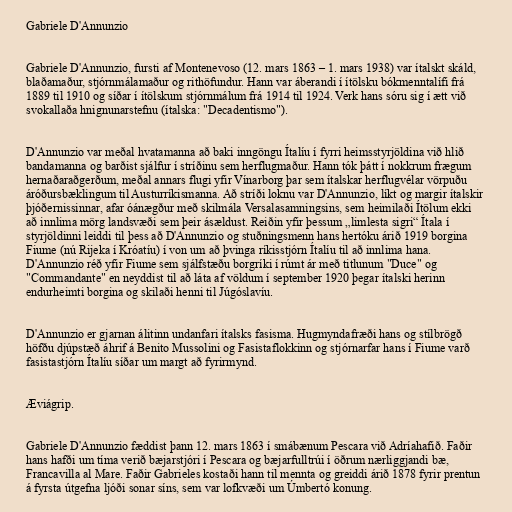
Gabriele D'Annunzio

Gabriele D'Annunzio, fursti af Montenevoso (12. mars 1863 – 1. mars 1938) var ítalskt skáld,
blaðamaður, stjórnmálamaður og rithöfundur. Hann var áberandi í ítölsku bókmenntalífi frá
1889 til 1910 og síðar í ítölskum stjórnmálum frá 1914 til 1924. Verk hans sóru sig í ætt við
svokallaða hnignunarstefnu (ítalska: "Decadentismo").

D'Annunzio var meðal hvatamanna að baki inngöngu Ítalíu í fyrri heimsstyrjöldina við hlið
bandamanna og barðist sjálfur í stríðinu sem herflugmaður. Hann tók þátt í nokkrum frægum
hernaðaraðgerðum, meðal annars flugi yfir Vínarborg þar sem ítalskar herflugvélar vörpuðu
áróðursbæklingum til Austurríkismanna. Að stríði loknu var D'Annunzio, líkt og margir ítalskir
þjóðernissinnar, afar óánægður með skilmála Versalasamningsins, sem heimilaði Ítölum ekki
að innlima mörg landsvæði sem þeir ásældust. Reiðin yfir þessum „limlesta sigri“ Ítala í
styrjöldinni leiddi til þess að D'Annunzio og stuðningsmenn hans hertóku árið 1919 borgina
Fiume (nú Rijeka í Króatíu) í von um að þvinga ríkisstjórn Ítalíu til að innlima hana.
D'Annunzio réð yfir Fiume sem sjálfstæðu borgríki í rúmt ár með titlunum "Duce" og
"Commandante" en neyddist til að láta af völdum í september 1920 þegar ítalski herinn
endurheimti borgina og skilaði henni til Júgóslavíu.

D'Annunzio er gjarnan álitinn undanfari ítalsks fasisma. Hugmyndafræði hans og stílbrögð
höfðu djúpstæð áhrif á Benito Mussolini og Fasistaflokkinn og stjórnarfar hans í Fiume varð
fasistastjórn Ítalíu síðar um margt að fyrirmynd.

Æviágrip.

Gabriele D'Annunzio fæddist þann 12. mars 1863 í smábænum Pescara við Adríahafið. Faðir
hans hafði um tíma verið bæjarstjóri í Pescara og bæjarfulltrúi í öðrum nærliggjandi bæ,
Francavilla al Mare. Faðir Gabrieles kostaði hann til mennta og greiddi árið 1878 fyrir prentun
á fyrsta útgefna ljóði sonar síns, sem var lofkvæði um Úmbertó konung.